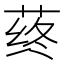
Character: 𰱛